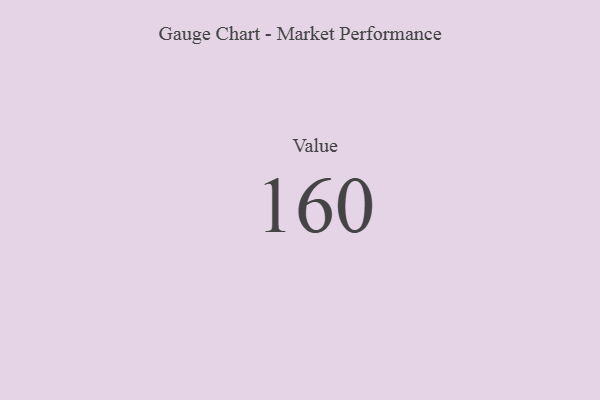
{"axis": {"x": "Metric", "y": "Value"}, "legend": [""], "data": [{"x": "Value", "y": 160, "type": ""}]}